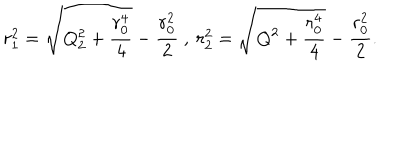
r _ { 1 } ^ { 2 } = \sqrt { Q _ { 2 } ^ { 2 } + \frac { r _ { 0 } ^ { 4 } } { 4 } } - \frac { r _ { 0 } ^ { 2 } } { 2 } \ , \ r _ { 2 } ^ { 2 } = \sqrt { Q ^ { 2 } + \frac { r _ { 0 } ^ { 4 } } { 4 } } - \frac { r _ { 0 } ^ { 2 } } { 2 } .